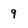
Character: 9